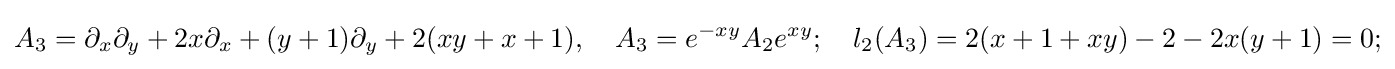
A_{3}=\partial _{x}\partial _{y}+2x\partial _{x}+(y+1)\partial _{y}+2(xy+x+1),\quad A_{3}=e^{-xy}A_{2}e^{xy};\quad l_{2}(A_{3})=2(x+1+xy)-2-2x(y+1)=0;